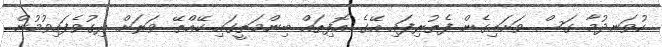
ހުވަނދުމާ ގަސް ވަށައިގެން ފެތުރިފައި އޭގެ އޮފިތައް ބިންމަތީގައި ކޭއްތޭ ވަރަށް ދިގުވެފައިވުމުން